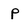
Character: p